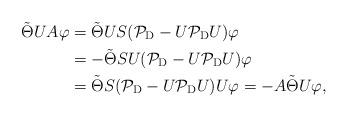
LaTeX: \begin{align*}\tilde{\Theta}UA\varphi&=\tilde{\Theta}US(\mathcal{P}_{\rm D}-U\mathcal{P}_{\rm D}U)\varphi\\&=-\tilde{\Theta}SU(\mathcal{P}_{\rm D}-U\mathcal{P}_{\rm D}U)\varphi\\&=\tilde{\Theta}S(\mathcal{P}_{\rm D}-U\mathcal{P}_{\rm D}U)U\varphi=-A\tilde{\Theta}U\varphi,\end{align*}